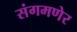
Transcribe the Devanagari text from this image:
संगमणेर